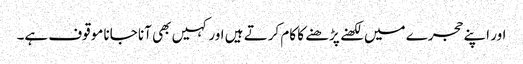
اور اپنے حجرے میں لکھنے پڑھنے کا کام کرتے ہیں اور کہیں بھی آنا جانا موقوف ہے۔